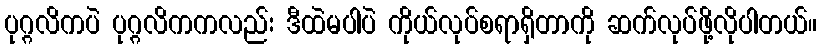
ပုဂ္ဂလိကပဲ ပုဂ္ဂလိကကလည်း ဒီထဲမပါပဲ ကိုယ်လုပ်စရာရှိတာကို ဆက်လုပ်ဖို့လိုပါတယ်။